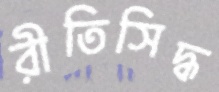
রীতিসিদ্ধ